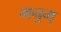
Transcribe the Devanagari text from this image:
मनुम्‌